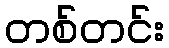
တစ်တင်း